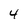
Character: 4